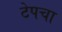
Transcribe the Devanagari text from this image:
टेपचा